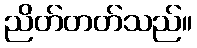
ညိတ်တတ်သည်။